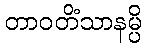
တာဝတိံသာနမ္ပိ